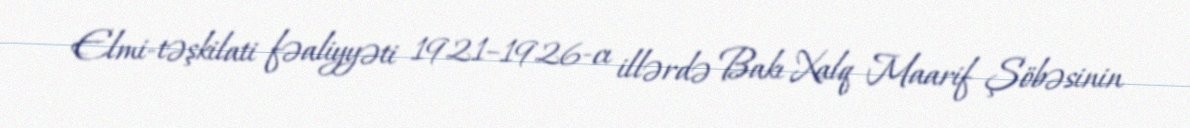
Elmi-təşkilati fəaliyyəti 1921–1926-cı illərdə Bakı Xalq Maarif Şöbəsinin